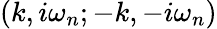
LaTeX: (k,i\omega_{n};-k,-i\omega_{n})